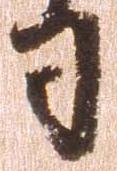
司